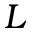
L